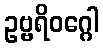
ဥဗ္ဗရိဝဂ္ဂေါ